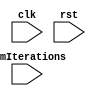
module LoopBlock (
  input wire clk,
  input wire rst,
  input wire [7:0] numIterations
);

reg [7:0] i;
reg [7:0] j;

always @(posedge clk or posedge rst) begin
  if (rst) begin
    i <= 0;
    j <= 0;
  end else begin
    if (i < numIterations) begin
      // Inner loop controlled by iterator j
      for (j = 0; j < 5; j = j + 1) begin
        // Your code for inner loop here
      end
      
      i <= i + 1;
    end
  end
end

endmodule